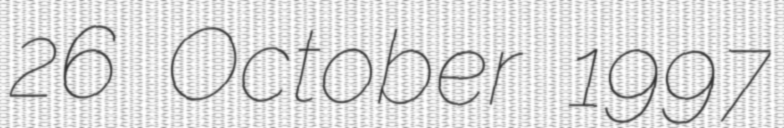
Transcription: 26 October 1997